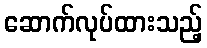
ဆောက်လုပ်ထားသည့်